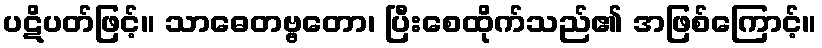
ပဋိပတ်ဖြင့်။ သာဓေတဗ္ဗတော၊ ပြီးစေထိုက်သည်၏ အဖြစ်ကြောင့်။